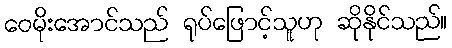
ဝေမိုးအောင်သည် ရုပ်ဖြောင့်သူဟု ဆိုနိုင်သည်။